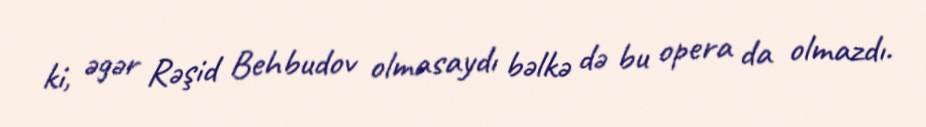
ki, əgər Rəşid Behbudov olmasaydı bəlkə də bu opera da olmazdı.